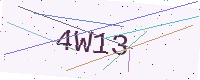
Text: 4W13